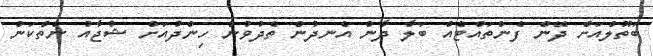
ބަތޫލްއަށް ދޭން ފެންތައްޓެއް ބަލާ ދާން އެނދުން ތެދުވުނު ހިންދުއަށް ޝުޖާއު ނެތްކަން